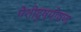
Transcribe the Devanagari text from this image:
पेशीदुष्पोषण